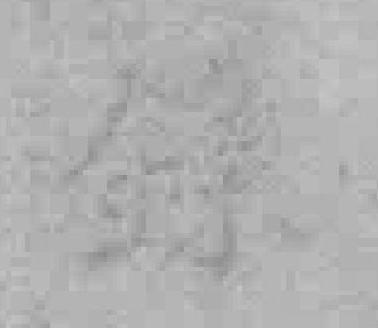
錄